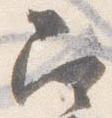
召